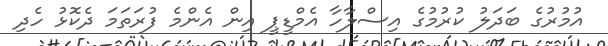
އުމުރުގެ ބަދަލު ކުރުމުގެ އިސްލާހާ އެމްޑީޕީ އިން އެންމެ ފުރަތަމަ ދެކޮޅު ހެދި